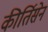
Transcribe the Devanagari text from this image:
कीर्तिसेन